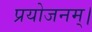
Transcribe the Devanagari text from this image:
प्रयोजनम्।